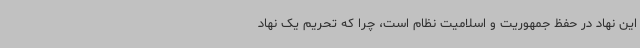
این نهاد در حفظ جمهوریت و اسلامیت نظام است، چرا که تحریم یک نهاد